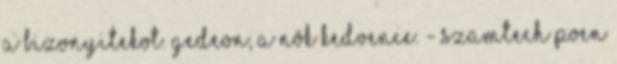
a bizonyitekot. GEDEON, a nõk kedvence. - Szamtech poen